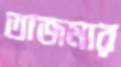
তাজমার